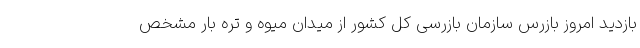
بازدید امروز بازرس سازمان بازرسی کل کشور از میدان میوه و تره بار مشخص